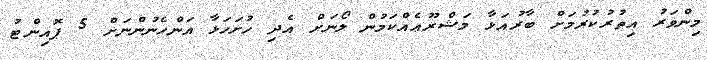
މިންވަރު އިތުރުކުރުމަށް ބާރުއަޅާ މަޝްރޫޢެއްކަމުން ލޯނަށް އެދި ހުށަހަޅާ އަންހެނުންނަށް 5 ޕޮއިންޓު